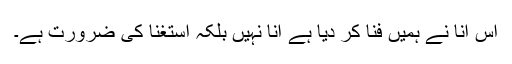
اس انا نے ہمیں فنا کر دیا ہے انا نہیں بلکہ استغنا کی ضرورت ہے۔